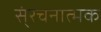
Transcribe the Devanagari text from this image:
स्ंरचनात्मक